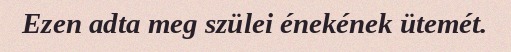
Ezen adta meg szülei énekének ütemét.